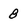
Character: 8